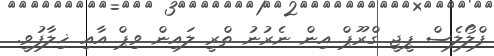
ފްލޯލެސް ޕީޖީ ގްރޫޕް އިން ނެރުނު ތްރީ ލައިން ވިޕް އާއި ޚިލާފުވީ.